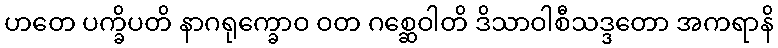
ဟတေ ပက္ခိပတိ နာဂရုက္ခောဝ ဝတ ဂစ္ဆေဝါတိ ဒိသာဝါစီသဒ္ဒတော အကရာနိ